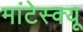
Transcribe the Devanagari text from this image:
मांटेस्क्यू